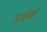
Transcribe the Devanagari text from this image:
उज्बेकों